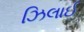
ઝિલાઈ